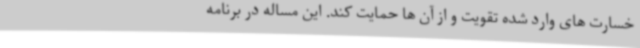
خسارت های وارد شده تقویت و از آن ها حمایت کند. این مساله در برنامه